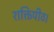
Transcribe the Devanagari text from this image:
शक्तिपीठ।